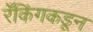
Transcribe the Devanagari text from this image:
रँकिंगकडून